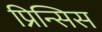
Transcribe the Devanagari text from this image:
प्रिन्सिस